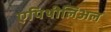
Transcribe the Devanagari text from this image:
एपिथीलिअल